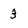
Character: 3